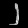
Digit: ၂